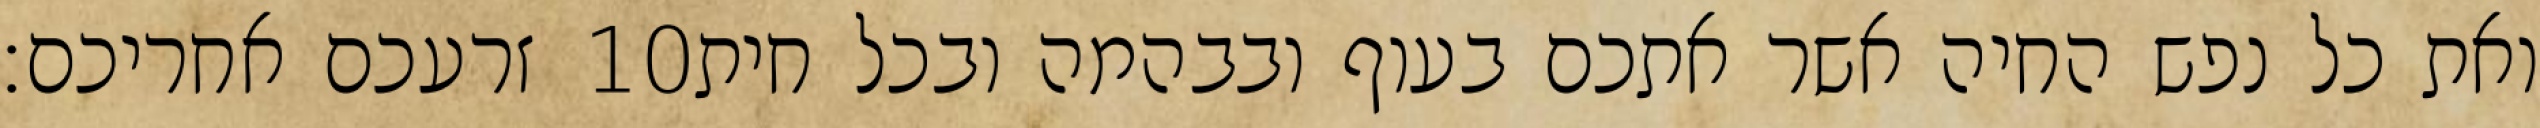
זרעכם אחריכם׃ ‎10‏ ואת כל נפש החיה אשר אתכם בעוף ובבהמה ובכל חית